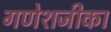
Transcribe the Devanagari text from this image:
गणेशजीका